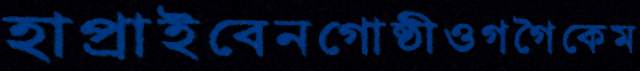
হাপ্‌রাইবেনগোষ্ঠীওগগৈকেম